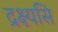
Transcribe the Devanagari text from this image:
द्रक्ष्यसि